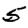
Digit: 5